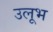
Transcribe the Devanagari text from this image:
उलूभ